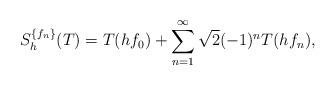
LaTeX: \begin{align*}S_h^{\{f_n\}}(T)=T(hf_0)+\sum_{n=1}^\infty\sqrt{2}(-1)^nT(hf_n),\end{align*}